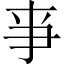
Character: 亊